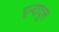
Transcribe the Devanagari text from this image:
इन्दादुल